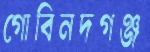
গোবিনদগঞ্জ